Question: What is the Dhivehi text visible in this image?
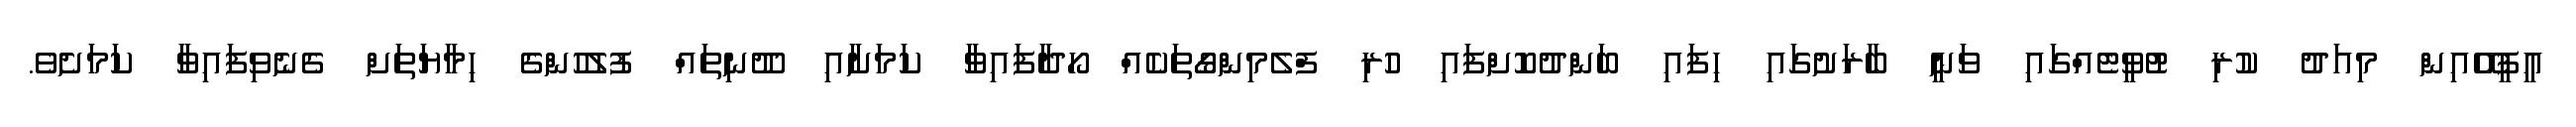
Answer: އީޕީއޭއިން މިއަދު ކުރި ޓުވީޓެއްގައި ވަނީ ބާރަށުގައި ހިފައި ބަންދުކޮށްފައި ހުރި ފްލެމިންގޯތަކެއް ހޯދާފައިވާ ކަމަށާއި ދޫނިތައް ފުލުހުންގެ ހިމާޔަތަށް ގެނެވިފައިވާ ކަމަށެވެ.